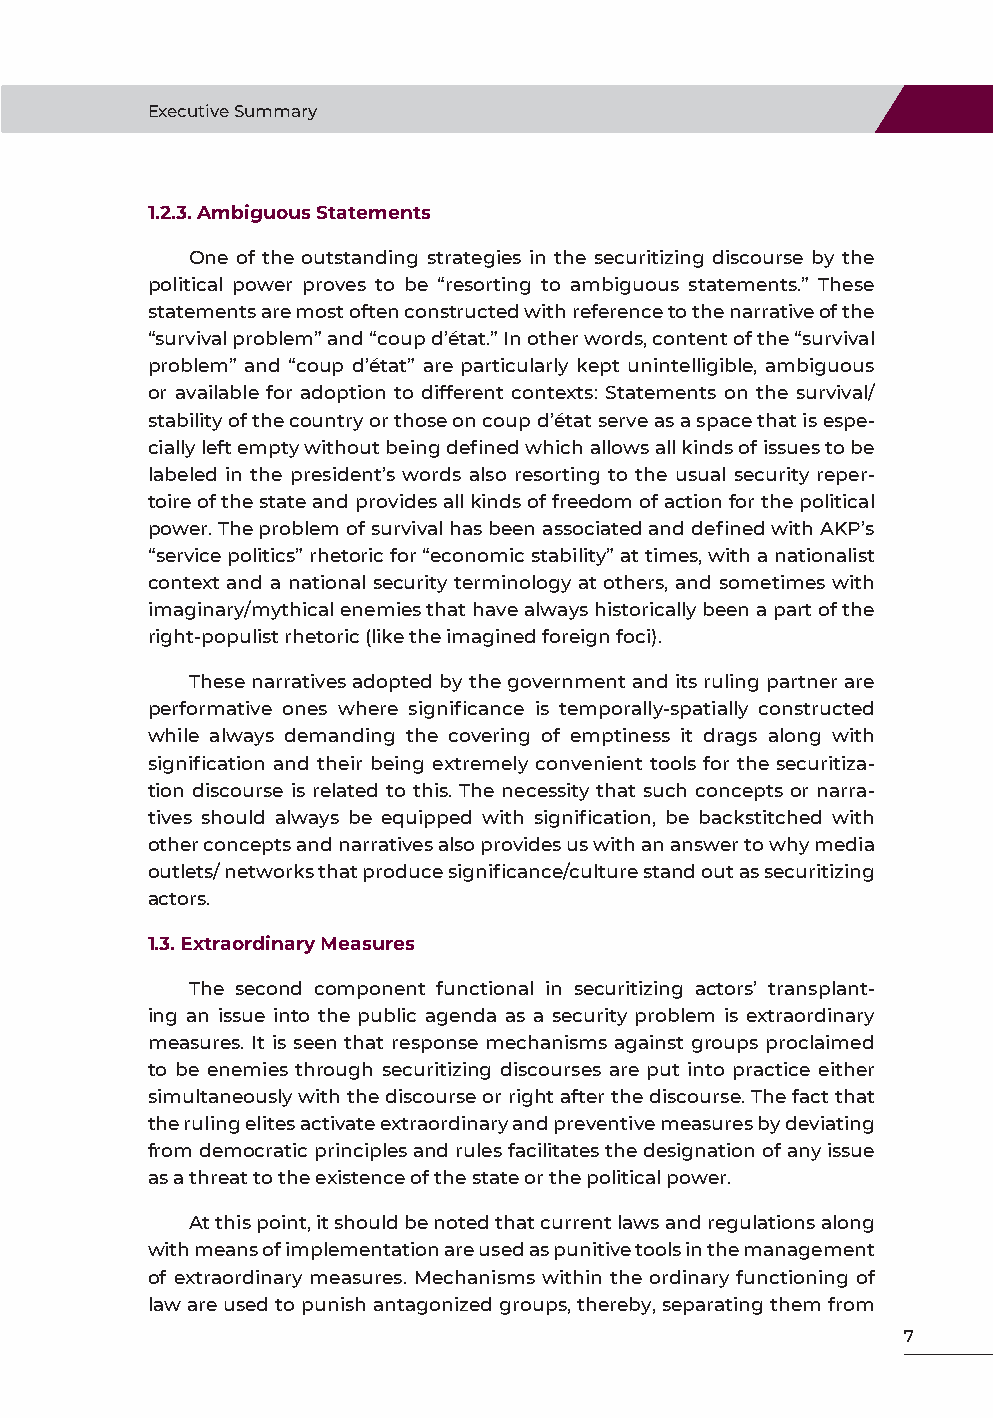
Executive Summary
 1.2.3. Ambiguous Statements
 One of the outstanding strategies in the securitizing discourse by the
 political power proves to be “resorting to ambiguous statements.” These
 statements are most often constructed with reference to the narrative of the
 “survival problem” and “coup d’état.” In other words, content of the “survival
 problem” and “coup d’état” are particularly kept unintelligible, ambiguous
 or available for adoption to different contexts: Statements on the survival/
 stability of the country or those on coup d’état serve as a space that is espe-
 cially left empty without being defined which allows all kinds of issues to be
 labeled in the president’s words also resorting to the usual security reper-
 toire of the state and provides all kinds of freedom of action for the political
 power. The problem of survival has been associated and defined with AKP’s
 “service politics” rhetoric for “economic stability” at times, with a nationalist
 context and a national security terminology at others, and sometimes with
 imaginary/mythical enemies that have always historically been a part of the
 right-populist rhetoric (like the imagined foreign foci).
 These narratives adopted by the government and its ruling partner are
 performative ones where significance is temporally-spatially constructed
 while always demanding the covering of emptiness it drags along with
 signification and their being extremely convenient tools for the securitiza-
 tion discourse is related to this. The necessity that such concepts or narra-
 tives should always be equipped with signification, be backstitched with
 other concepts and narratives also provides us with an answer to why media
 outlets/ networks that produce significance/culture stand out as securitizing
 actors.
 1.3. Extraordinary Measures
 The second component functional in securitizing actors’ transplant-
 ing an issue into the public agenda as a security problem is extraordinary
 measures. It is seen that response mechanisms against groups proclaimed
 to be enemies through securitizing discourses are put into practice either
 simultaneously with the discourse or right after the discourse. The fact that
 the ruling elites activate extraordinary and preventive measures by deviating
 from democratic principles and rules facilitates the designation of any issue
 as a threat to the existence of the state or the political power.
 At this point, it should be noted that current laws and regulations along
 with means of implementation are used as punitive tools in the management
 of extraordinary measures. Mechanisms within the ordinary functioning of
 law are used to punish antagonized groups, thereby, separating them from
 7